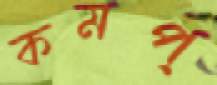
কমপ্